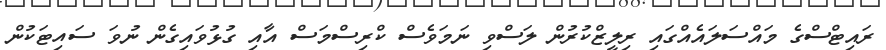
ރައިޓްސްގެ މައްސަލައެއްގައި ރިލީޒްކުރުން ލަސްވި ނަމަވެސް ކްރިސްމަސް އާއި ގުޅުވައިގެން ނުވަ ސައިޓަކުން